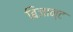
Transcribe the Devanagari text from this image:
बिजान्ट